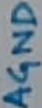
Text: AGND